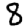
Digit: 8